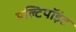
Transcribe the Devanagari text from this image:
मल्टिपॉइंट